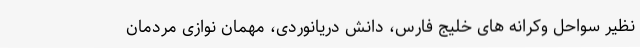
نظیر سواحل وکرانه های خلیج فارس، دانش دریانوردی، مهمان نوازی مردمان